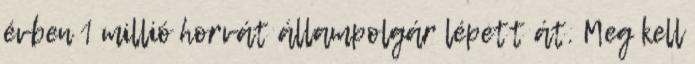
évben 1 millió horvát állampolgár lépett át. Meg kell